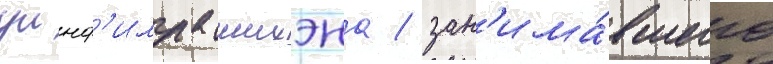
уинф'илда шихэна / зан'има́вшего